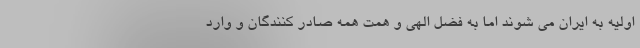
اولیه به ایران می شوند اما به فضل الهی و همت همه صادر کنندگان و وارد